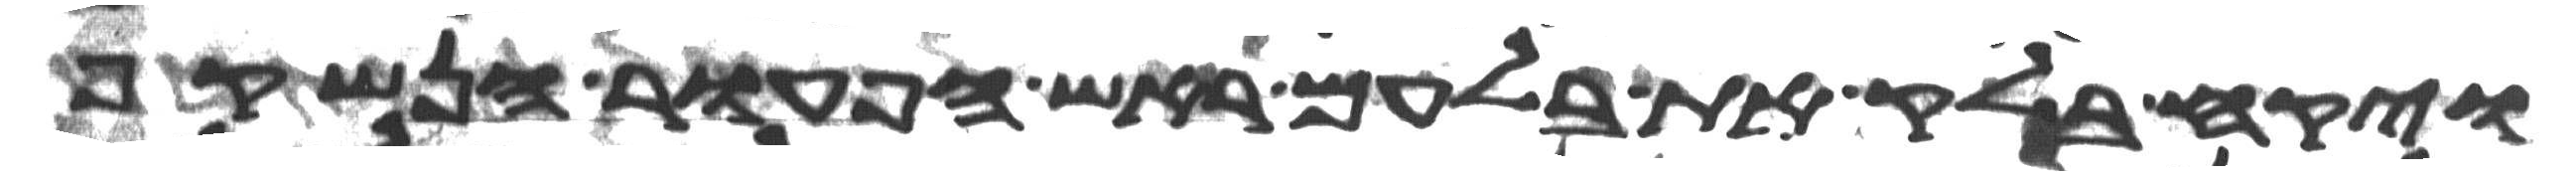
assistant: ויקח בלק את בלעם ראש הפעור הנשקף